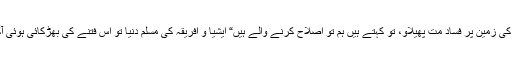
” جب ان سے کہا جاتا ہے اللہ کی زمین پر فساد مت پھیلاو، تو کہتے ہیں ہم تو اصلاح کرنے والے ہیں“ ایشیا و افریقہ کی مسلم دنیا تو اس فتنے کی بھڑکائی ہوئی آگ کا براہ راست نشانہ ہے ہی۔